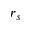
r _ { s }